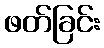
ဖတ်ခြင်း